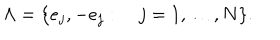
\Lambda = \{ e _ { j } , - e _ { j } : \quad j = 1 , \ldots , N \} .